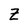
Character: Z